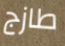
طازج